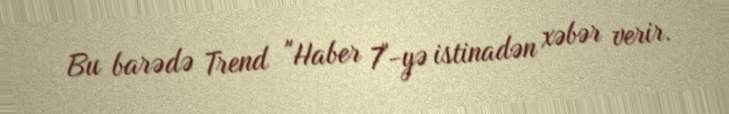
Bu barədə Trend "Haber 7"-yə istinadən xəbər verir.